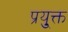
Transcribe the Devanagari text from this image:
प्रयु्क्त